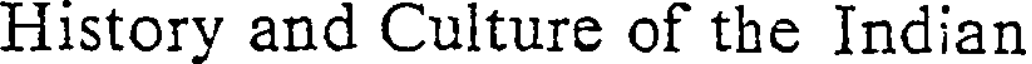
History and Culture of the Indian